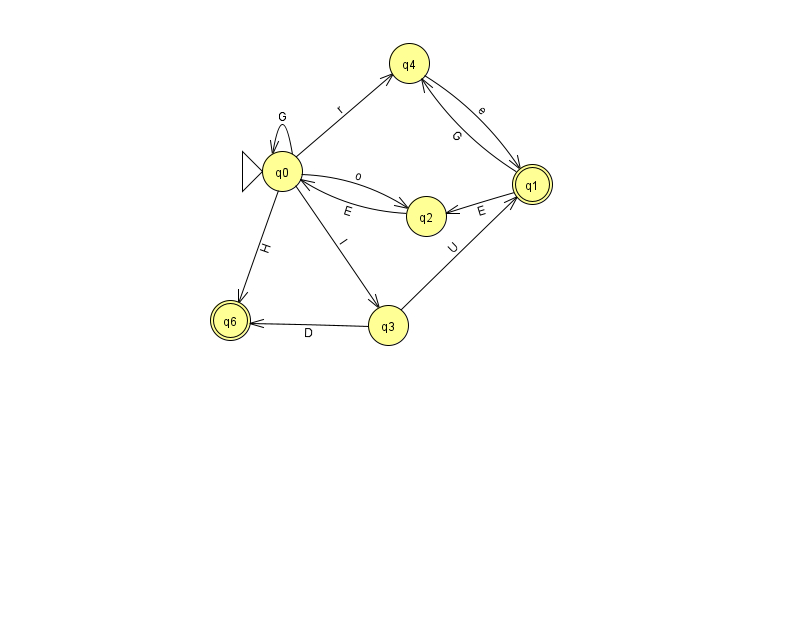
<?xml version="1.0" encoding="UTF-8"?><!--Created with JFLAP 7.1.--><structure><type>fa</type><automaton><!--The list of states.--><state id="0" name="q0"><x>282.0</x><y>158.0</y><initial/></state><state id="1" name="q1"><x>532.0</x><y>171.0</y><final/></state><state id="2" name="q2"><x>426.0</x><y>203.0</y></state><state id="3" name="q3"><x>388.0</x><y>312.0</y></state><state id="4" name="q4"><x>409.0</x><y>50.0</y></state><state id="6" name="q6"><x>230.0</x><y>307.0</y><final/></state><!--The list of transitions.--><transition><from>0</from><to>2</to><read>o</read></transition><transition><from>0</from><to>6</to><read>H</read></transition><transition><from>3</from><to>1</to><read>U</read></transition><transition><from>0</from><to>0</to><read>G</read></transition><transition><from>0</from><to>3</to><read>l</read></transition><transition><from>3</from><to>6</to><read>D</read></transition><transition><from>2</from><to>0</to><read>E</read></transition><transition><from>0</from><to>4</to><read>r</read></transition><transition><from>1</from><to>4</to><read>G</read></transition><transition><from>1</from><to>2</to><read>E</read></transition><transition><from>4</from><to>1</to><read>e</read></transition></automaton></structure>